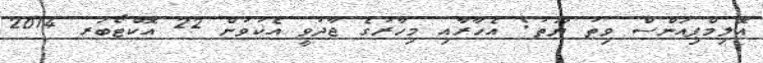
އޮލިމްޕިއަންސް ވިތު ޔޫތު: އެހާރާއި މިހާރުގެ ޖާދުވީ އެކުވުން 22 އޮކްޓޯބަރ 2014